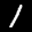
Label: 1